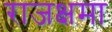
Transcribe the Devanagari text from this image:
राजक्षमा